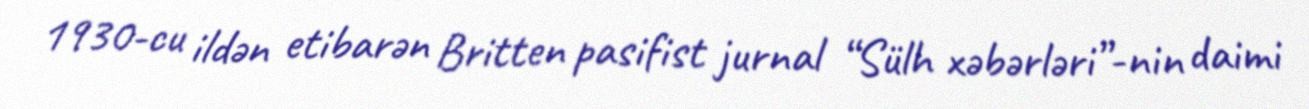
1930-cu ildən etibarən Britten pasifist jurnal “Sülh xəbərləri”-nin daimi